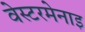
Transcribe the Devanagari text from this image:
वेस्टरमेनाइ